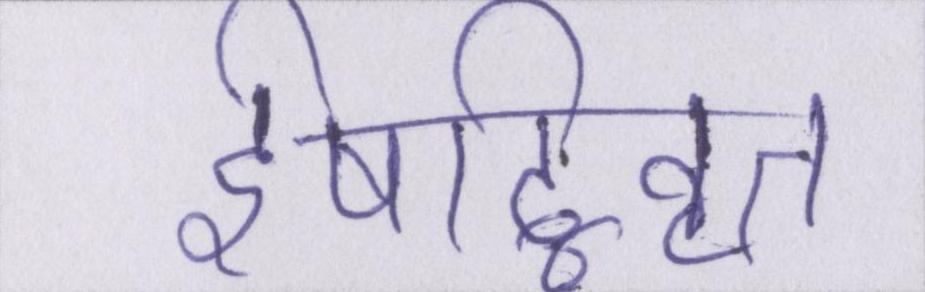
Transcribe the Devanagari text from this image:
ईषद्विवृत